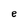
Character: e